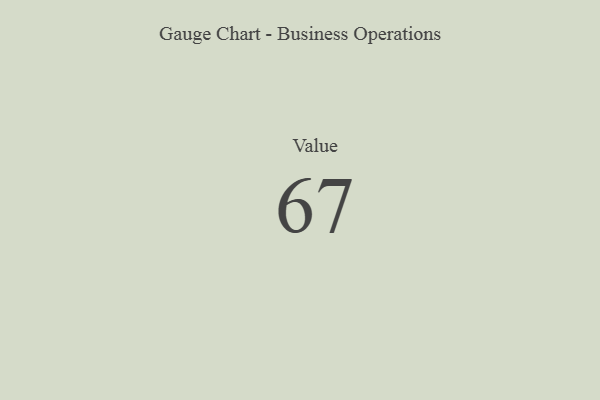
{"axis": {"x": "Metric", "y": "Value"}, "legend": [""], "data": [{"x": "Value", "y": 67, "type": ""}]}